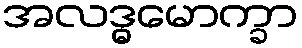
အလဒ္ဓမောက္ခာ